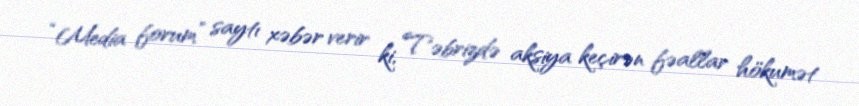
“Media forum” saytı xəbər verir ki, Təbrizdə aksiya keçirən fəallar hökumət